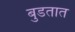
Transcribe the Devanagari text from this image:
बुडतात